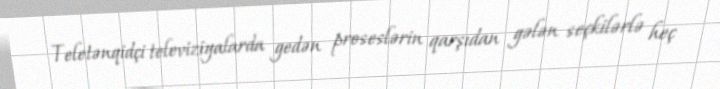
Teletənqidçi televiziyalarda gedən proseslərin qarşıdan gələn seçkilərlə heç